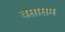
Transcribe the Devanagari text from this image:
वसासम